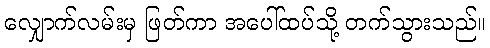
လျှောက်လမ်းမှ ဖြတ်ကာ အပေါ်ထပ်သို့ တက်သွားသည်။